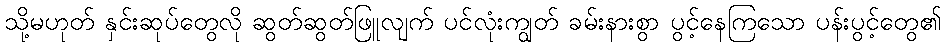
သို့မဟုတ် နှင်းဆုပ်တွေလို ဆွတ်ဆွတ်ဖြူလျက် ပင်လုံးကျွတ် ခမ်းနားစွာ ပွင့်နေကြသော ပန်းပွင့်တွေ၏